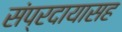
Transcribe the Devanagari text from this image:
संप्रदायासह